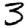
Digit: 3